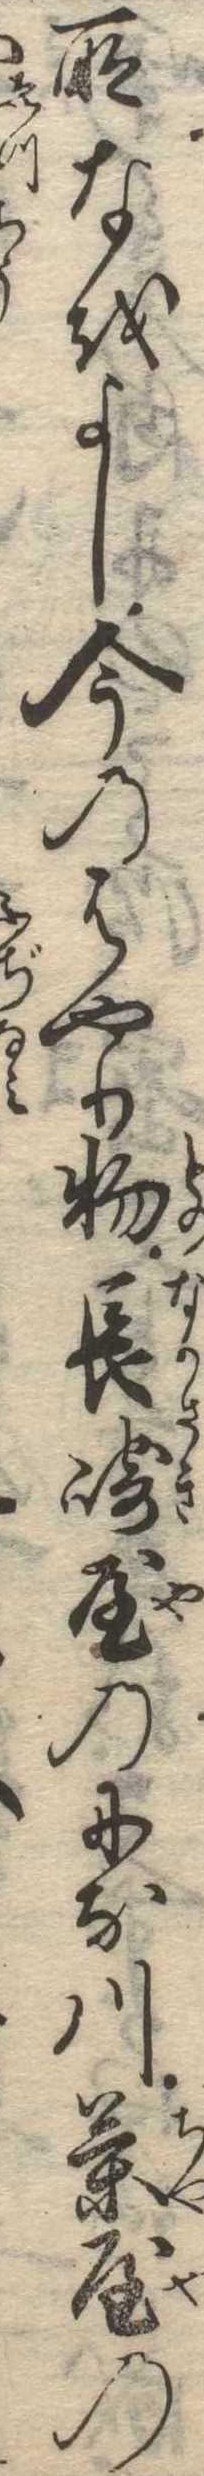
所なをよし今のはやり物長崎屋のにな川茶屋の